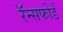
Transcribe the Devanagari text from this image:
रॅन्सफोर्ड